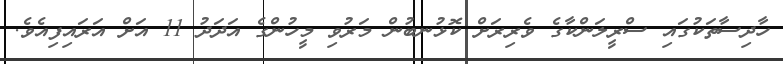
ހާދިސާތަކުގައި ސްރީލަންކާގެ ވެރިރަށް ކޮޅުނބުން މަރުވި މީހުންގެ އަދަދު 11 އަށް އަރައިފިއެވެ.